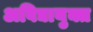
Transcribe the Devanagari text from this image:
अविद्यायुक्त